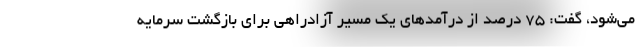
می‌شود، گفت: ۷۵ درصد از درآمدهای یک مسیر آزادراهی برای بازگشت سرمایه